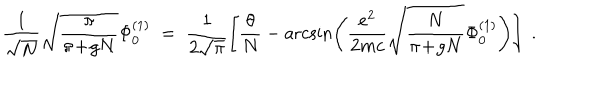
\frac { 1 } { \sqrt { N } } \sqrt { \frac { \pi } { \pi \! + \! g N } } \Phi _ { 0 } ^ { ( 1 ) } \; = \; \frac { 1 } { 2 \sqrt { \pi } } \left[ \frac { \theta } { N } - \operatorname { a r c s i n } \left( \frac { e ^ { 2 } } { 2 m c } \sqrt { \frac { N } { \pi \! + \! g N } } \Phi _ { 0 } ^ { ( 1 ) } \right) \right] \; .